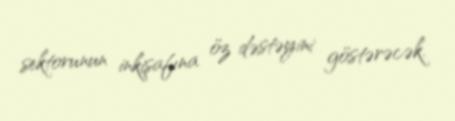
sektorunun inkişafına öz dəstəyini göstərəcək.